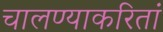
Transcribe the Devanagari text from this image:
चालण्याकरितां